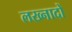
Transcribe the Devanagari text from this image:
लख्नादों